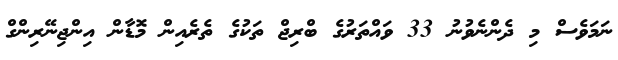
ނަމަވެސް މި ދެންނެވުނު 33 ވައްތަރުގެ ބްރިޖް ތަކުގެ ތެެރެއިން މޮޑާން އިންޖިނޭރިންގް